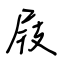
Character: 屐